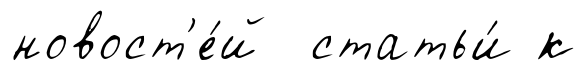
новост'е́й статьи́ к